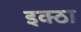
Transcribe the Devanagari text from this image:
इक्ठा